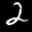
Label: 2